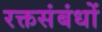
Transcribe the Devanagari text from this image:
रक्तसंबंधों